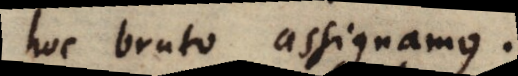
hoc bruto assignamus.